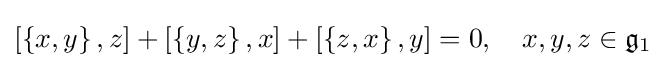
[\left\{x,y\right\},z]+[\left\{y,z\right\},x]+[\left\{z,x\right\},y]=0,\quad x,y,z\in {\mathfrak {g}}_{1}